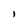
Character: 1